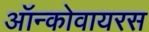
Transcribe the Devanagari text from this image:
ऑन्कोवायरस